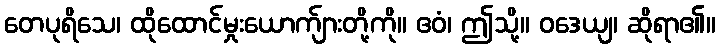
တေပုရိသေ၊ ထိုထောင်မှုးယောက်ျားတို့ကို။ ဧဝံ၊ ဤသို့။ ဝဒေယျ၊ ဆိုရာ၏။